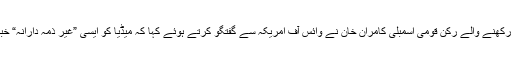
شمالی وزیرستان سے تعلق رکھنے والے رکن قومی اسمبلی کامران خان نے وائس آف امریکہ سے گفتگو کرتے ہوئے کہا کہ میڈیا کو ایسی ”غیر ذمہ دارانہ“ خبریں شائع نہیں کرنی چاہیئں۔